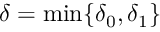
\delta = \operatorname* { m i n } \{ \delta _ { 0 } , \delta _ { 1 } \}